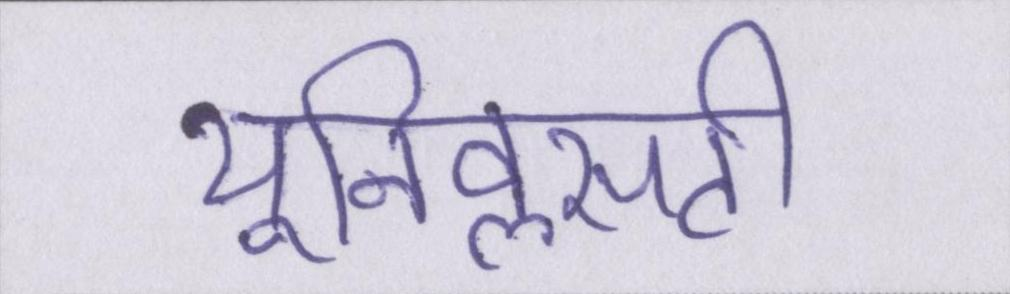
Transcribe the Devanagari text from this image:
यूनिवॢसटी